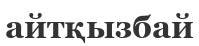
айтқызбай